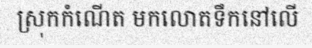
ស្រុកកំណើត មកលោតទឹកនៅលើ